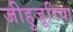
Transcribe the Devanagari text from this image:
जीहुजूरिया